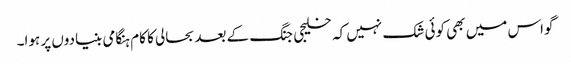
گواس میں بھی کوئی شک نہیں کہ خلیجی جنگ کے بعد بحالی کا کام ہنگامی بنیادوں پر ہوا۔